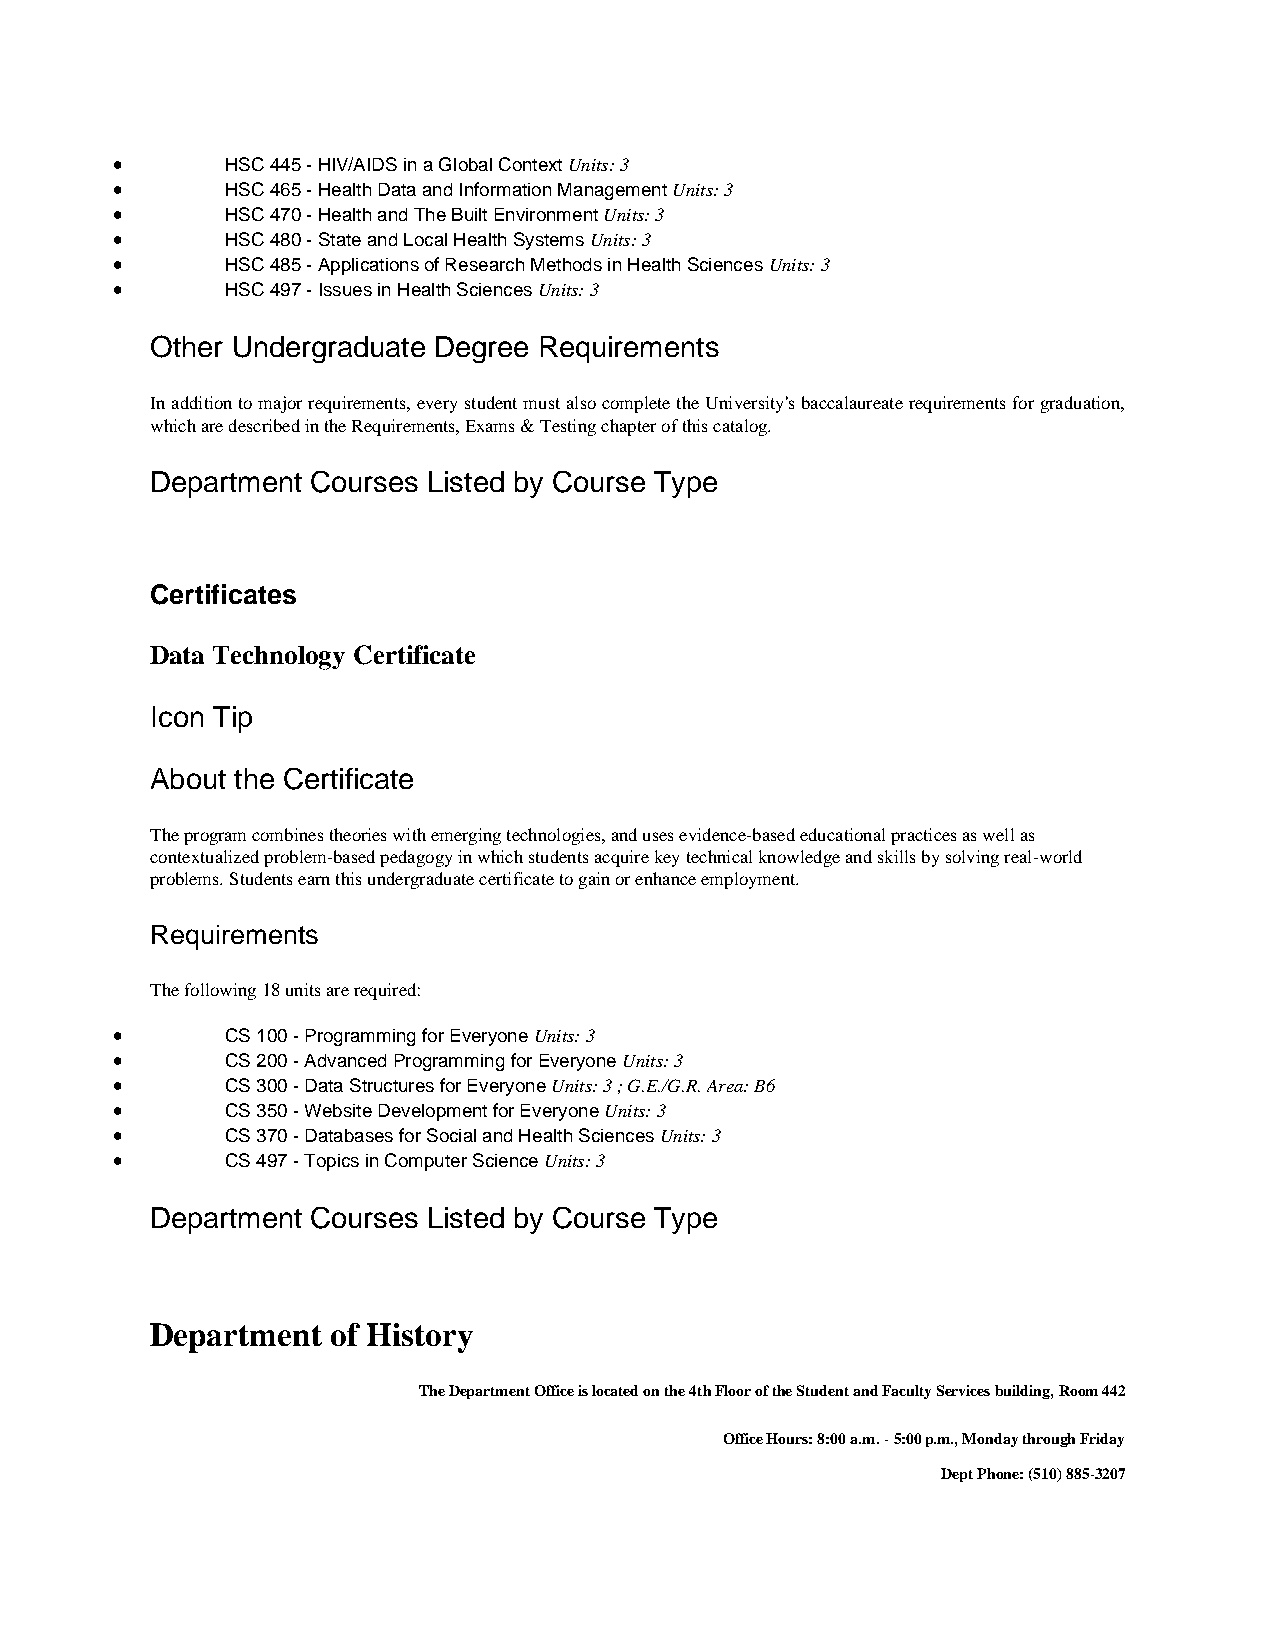
•       HSC 445 - HIV/AIDS in a Global Context Units: 3
 •       HSC 465 - Health Data and Information Management Units: 3
 •       HSC 470 - Health and The Built Environment Units: 3
 •       HSC 480 - State and Local Health Systems Units: 3
 •       HSC 485 - Applications of Research Methods in Health Sciences Units: 3
 •       HSC 497 - Issues in Health Sciences Units: 3
 Other Undergraduate Degree Requirements
 In addition to major requirements, every student must also complete the University's baccalaureate requirements for graduation,
 which are described in the Requirements, Exams & Testing chapter of this catalog.
 Department Courses Listed by Course Type
 Certificates
 Data Technology Certificate
 Icon Tip
 About the Certificate
 The program combines theories with emerging technologies, and uses evidence-based educational practices as well as
 contextualized problem-based pedagogy in which students acquire key technical knowledge and skills by solving real-world
 problems. Students earn this undergraduate certificate to gain or enhance employment.
 Requirements
 The following 18 units are required:
 •       CS 100 - Programming for Everyone Units: 3
 •       CS 200 - Advanced Programming for Everyone Units: 3
 •       CS 300 - Data Structures for Everyone Units: 3 ; G.E./G.R. Area: B6
 •       CS 350 - Website Development for Everyone Units: 3
 •       CS 370 - Databases for Social and Health Sciences Units: 3
 •       CS 497 - Topics in Computer Science Units: 3
 Department Courses Listed by Course Type
 Department  of History
 The Department Office is located on the 4th Floor of the Student and Faculty Services building, Room 442
 Office Hours: 8:00 a.m. - 5:00 p.m., Monday through Friday
 Dept Phone: (510) 885-3207